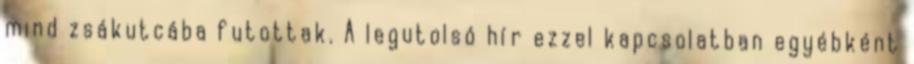
mind zsákutcába futottak. A legutolsó hír ezzel kapcsolatban egyébként